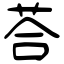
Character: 荅